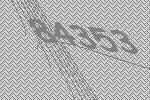
84353